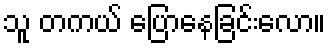
သူ တကယ် ပြောနေခြင်းလော။